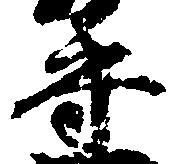
守